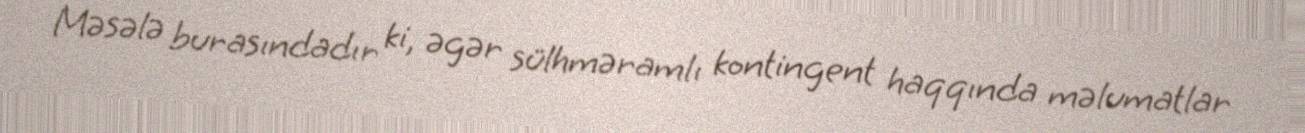
Məsələ burasındadır ki, əgər sülhməramlı kontingent haqqında məlumatlar